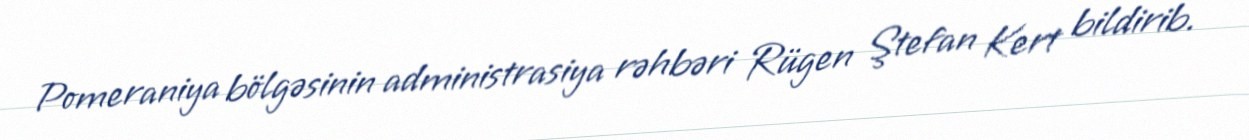
Pomeraniya bölgəsinin administrasiya rəhbəri Rügen Ştefan Kert bildirib.